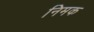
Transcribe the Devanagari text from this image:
निमक